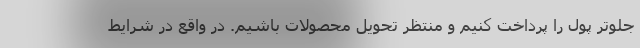
جلوتر پول را پرداخت کنیم و منتظر تحویل محصولات باشیم. در واقع در شرایط